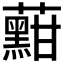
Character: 𱾽